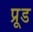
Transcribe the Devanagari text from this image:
प्रूड